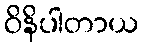
ဝိနိပါတာယ